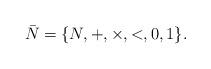
LaTeX: \begin{align*}\bar{N}=\{N,+,\times,<,0,1\}.\end{align*}